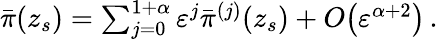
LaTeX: \begin{array}{r}{\bar{\pi}(z_{s})=\sum_{j=0}^{1+\alpha}{\varepsilon}^{j}\bar{\pi}^{(j)}(z_{s})+{O}\! \left({\varepsilon}^{\alpha+2}\right)\, .}\end{array}